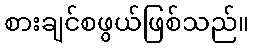
စားချင်စဖွယ်ဖြစ်သည်။